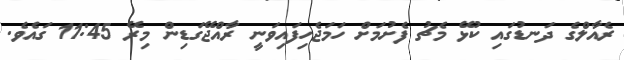
ރެއާލްގެ ދަނޑުގައި ކުޅޭ މެޗު ފެށުމަށް ހަމަޖެހިފައިވަނީ ރާއްޖޭގަޑިން މިރޭ 11:45 ގައެވެ.